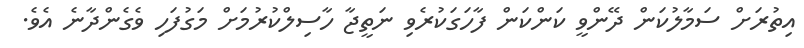
އިތުރަށް ސަމާލުކަން ދޭންވީ ކަންކަން ފާހަގަކުރެވި ނަތީޖާ ހާސިލްކުރުމަށް މަގުފަހި ވެގެންދާނެ އެވެ.